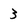
Character: 3